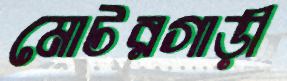
মোটরগাড়ী